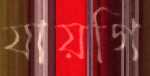
যায়গি